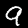
Label: 9